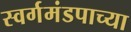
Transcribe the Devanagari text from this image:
स्वर्गमंडपाच्या